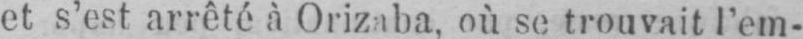
et s’est arrêté à Orizaba, où se trouvait l’em-